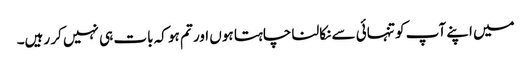
میں اپنے آپ کو تنہائی سے نکالنا چاہتا ہوں اور تم ہو کہ بات ہی نہیں کر رہیں۔